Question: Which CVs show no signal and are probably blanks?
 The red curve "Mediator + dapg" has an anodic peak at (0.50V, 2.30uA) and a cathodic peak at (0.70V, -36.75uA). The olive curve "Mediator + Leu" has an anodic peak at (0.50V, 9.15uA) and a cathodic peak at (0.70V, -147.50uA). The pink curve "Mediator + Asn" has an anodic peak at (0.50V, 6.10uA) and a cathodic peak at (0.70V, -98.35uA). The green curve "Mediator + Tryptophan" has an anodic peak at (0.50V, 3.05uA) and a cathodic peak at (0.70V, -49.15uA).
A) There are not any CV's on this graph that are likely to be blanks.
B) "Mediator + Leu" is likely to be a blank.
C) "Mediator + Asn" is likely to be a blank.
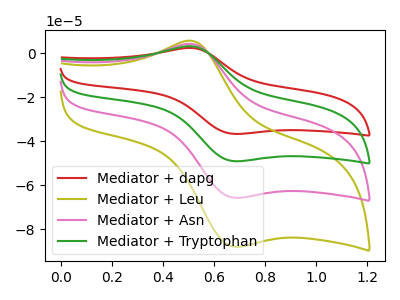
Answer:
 <answer>A) There are not any CV's on this graph that are likely to be blanks.</answer>
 <eval>A</eval>